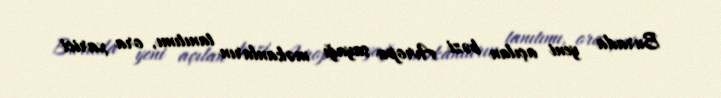
Burada yeni açılan bəzi Avropa sayağı məkanların tanıtımı, ora xarici